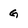
Character: G